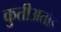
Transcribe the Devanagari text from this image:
कुतीअतोड